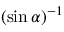
( \sin \alpha ) ^ { - 1 }